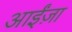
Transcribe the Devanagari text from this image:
आईंज़ा